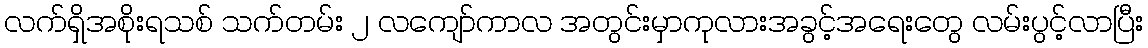
လက်ရှိအစိုးရသစ် သက်တမ်း ၂ လကျော်ကာလ အတွင်းမှာကုလားအခွင့်အရေးတွေ လမ်းပွင့်လာပြီး